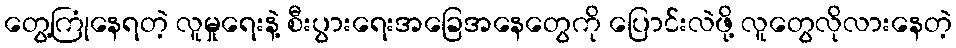
တွေ့ကြုံနေရတဲ့ လူမှုရေးနဲ့ စီးပွားရေးအခြေအနေတွေကို ပြောင်းလဲဖို့ လူတွေလိုလားနေတဲ့